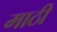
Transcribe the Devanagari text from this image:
माठी